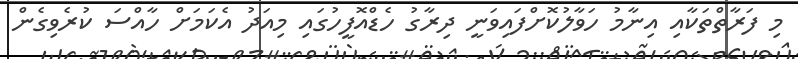
މި ފަރާތްތަކާއި އިނާމު ހަވާލުކޮށްފައިވަނީ ދިރާގު ހެޑްއޮފީހުގައި މިއަދު އެކަމަށް ހާއްސަ ކުރެވިގެން